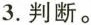
3.判断。